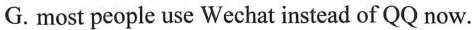
G. most people use Wechat instead of QQ now.